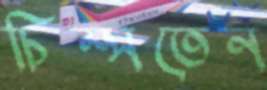
চিম্‌সতেন